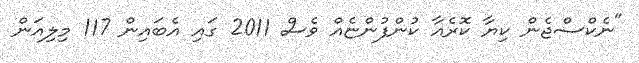
"ނެކްސްޖެން ކިޔާ ކޮރެއާ ކުންފުންޏެއް ވެސް 2011 ގައި އެބައިން 117 މިލިއަން